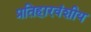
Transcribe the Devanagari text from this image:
प्रतिहारवंशीय